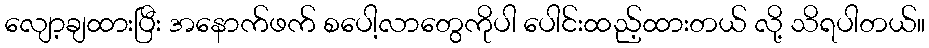
လျော့ချထားပြီး အနောက်ဖက် စပေါ့လာတွေကိုပါ ပေါင်းထည့်ထားတယ် လို့ သိရပါတယ်။